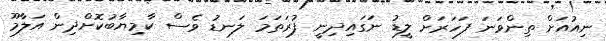
ނިއުއަށް ތިންވަނަ ފަހަރަށް ލީޑު ނަގައިދިނީ ފުރަތަމަ ލަނޑު ވެސް ކާމިޔާބުކޮށްދިން އަލާމޫ